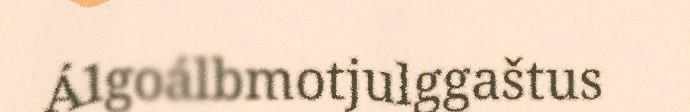
Álgoálbmotjulggaštus